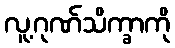
လူ့ဂုဏ်သိက္ခာကို